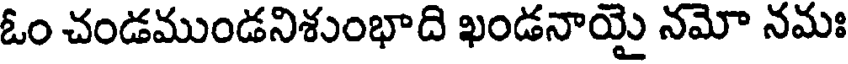
ఓం చండముండనిశుంభాది ఖండనాయై నమో నమః